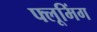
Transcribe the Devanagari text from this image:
फ्लूमिंग